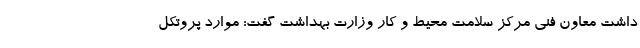
داشت معاون فنی مرکز سلامت محیط و کار وزارت بهداشت گفت: موارد پروتکل